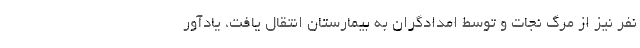
نفر نیز از مرگ نجات و توسط امدادگران به بیمارستان انتقال یافت، یادآور